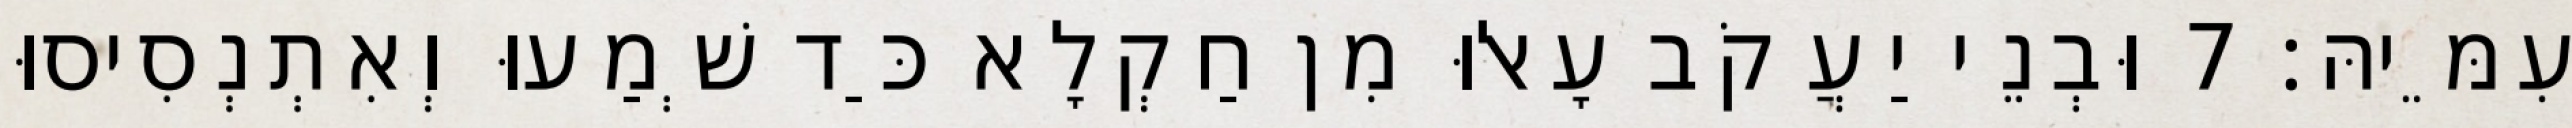
עִמֵּיהּ׃ 7 וּבְנֵי יַעֲקֹב עָאלוּ מִן חַקְלָא כַּד שְׁמַעוּ וְאִתְנְסִיסוּ